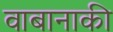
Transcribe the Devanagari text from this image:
वाबानाकी